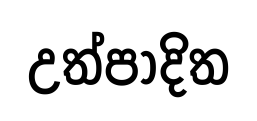
උත්පාදිත